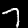
Label: 7